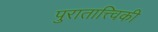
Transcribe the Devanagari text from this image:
पुरातात्त्विकी